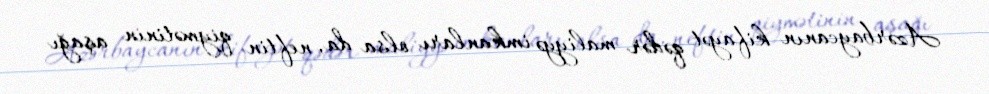
Azərbaycanın kifayət qədər maliyyə imkanları olsa da, neftin qiymətinin aşağı